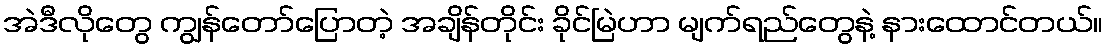
အဲဒီလိုတွေ ကျွန်တော်ပြောတဲ့ အချိန်တိုင်း ခိုင်မြဲဟာ မျက်ရည်တွေနဲ့ နားထောင်တယ်။